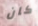
كان